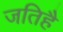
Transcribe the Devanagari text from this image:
जतिहै